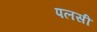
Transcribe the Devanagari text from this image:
पलसी